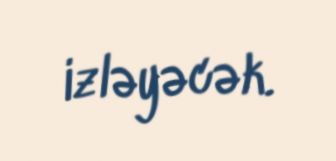
izləyəcək.